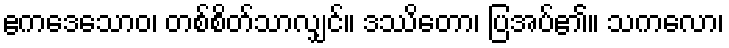
ဧကဒေသောဝ၊ တစ်စိတ်သာလျှင်။ ဒဿိတော၊ ပြအပ်၏။ သကလော၊